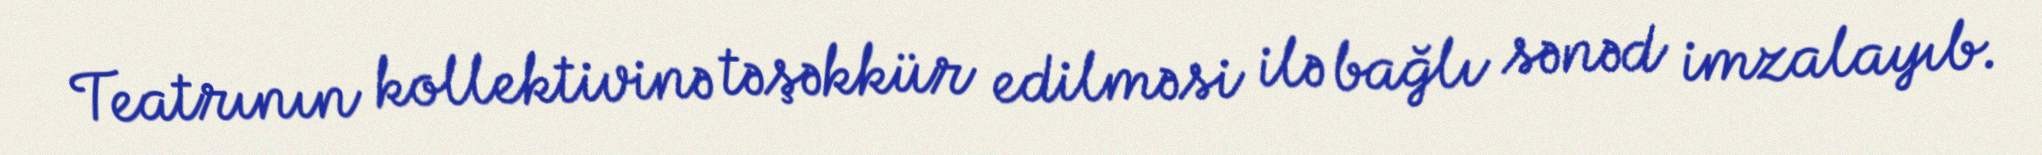
Teatrının kollektivinə təşəkkür edilməsi ilə bağlı sənəd imzalayıb.